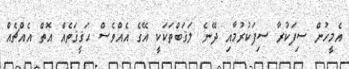
އެމީހުން ސިފަކުރާ ސިފަކުރުމާއި ދޭނެ ލަޤަބްތަކަކީ އޭގެ އެއްވެސް ޙަޤީޤަތެއް އޮތް އެއްޗެއް